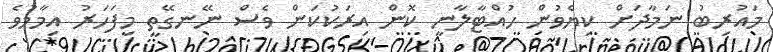
މައުރިބު ނަމާދަށް ކިޔެވުން ހުއްޓާލާނީ ކޮން އިރަކުކަން ވެސް ނޭނގޭތީ މިފަހަރު އިމާމުވެ